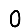
Digit: 0